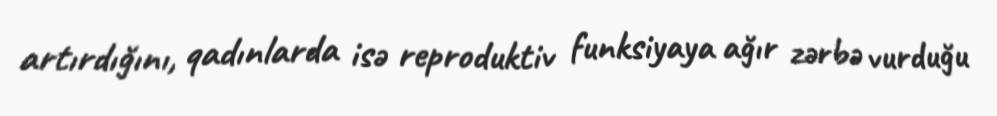
artırdığını, qadınlarda isə reproduktiv funksiyaya ağır zərbə vurduğu